Senior Leaving Certificate Examination (including Day School Certificate (Higher) General paper), 1946
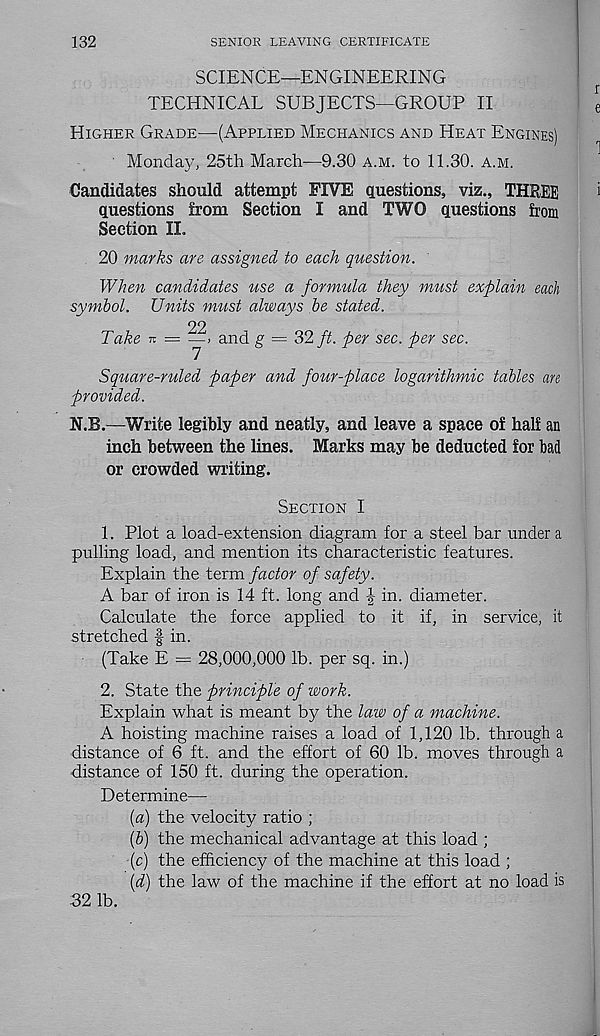
132
SENIOR LEAVING CERTIFICATE
SCIENCE—ENGINEERING
TECHNICAL SUBJECTS—GROUP II
Higher Grade—(Applied Mechanics and Heat Engines)
' Monday, 25th March—9.30 a.m. to 11.30. a.m.
Candidates should attempt FIVE questions, viz., THREE
questions from Section I and TWO questions from
Section II.
20 marks are assigned to each question.
When candidates use a formula they must explain each
symbol. Units mtist always be stated.
Take
and g = 32 ft. per sec. per sec.
Square-ruled paper and four-place logarithmic tables an
provided.
N.B.—Write legibly and neatly, and leave a space of half an
inch between the lines. Marks may be deducted for bad
or crowded writing.
Section I
1. Plot a load-extension diagram for a steel bar under a
pulling load, and mention its characteristic features.
Explain the term factor of safety.
A bar of iron is 14 ft. long and f in. diameter.
Calculate the force applied to it if, in service, it
stretched | in.
(Take E = 28,000,000 lb. per sq. in.)
2. State the principle of work.
Explain what is meant by the law of a machine.
A hoisting machine raises a load of 1,120 lb. through a
distance of 6 ft. and the effort of 60 lb. moves through a
distance of 150 ft. during the operation.
Determine—
{a) the velocity ratio ;
(&) the mechanical advantage at this load ;
(c) the efficiency of the machine at this load ;
id) the law of the machine if the effort at no load is
.32 lb.